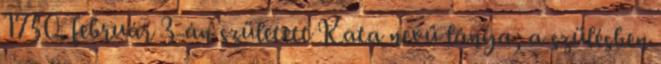
1750. február 3-án született Kata nevű lánya; a szülésben